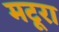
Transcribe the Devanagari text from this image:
मटूरा